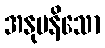
အနုပနိသော